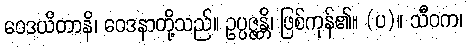
ဝေဒယိတာနိ၊ ဝေဒနာတို့သည်။ ဥပ္ပဇ္ဇန္တိ၊ ဖြစ်ကုန်၏။ (ပ)။ သီဝက၊